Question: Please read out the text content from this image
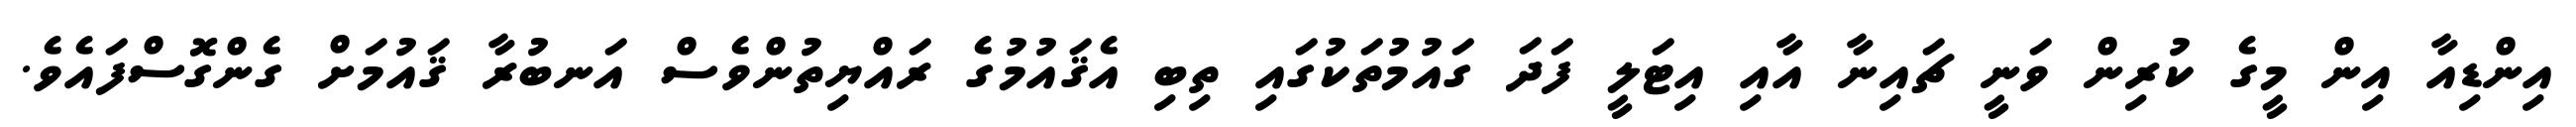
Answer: އިންޑިއާ އިން މީގެ ކުރިން ވަނީ ޗައިނާ އާއި އިޓަލީ ފަދަ ގައުމުތަކުގައި ތިބި އެޤައުމުގެ ރައްޔިތުންވެސް އަނބުރާ ޤައުމަށް ގެންގޮސްފައެވެ.